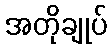
အတိုချုပ်